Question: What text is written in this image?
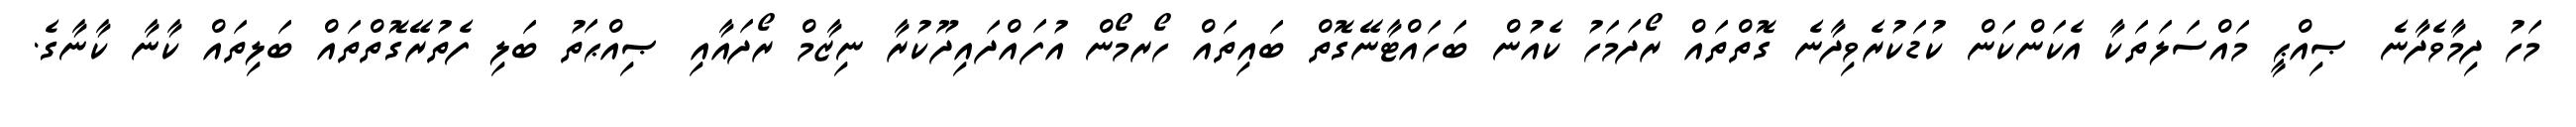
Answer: މަހު ދިމާވެދާނެ ޞިއްޙީ މައްސަލަތަކާ އެކަންކަން ކުޑަކުރެވިދާނެ ގޮތްތައް ރޯދަމަހު ކެއުން ބަހައްޓާނޭގޮތް ބައިތައް ހޯރމޯން އުފައްދައިދޫކުރާ ނިޒާމް ރޯދައާއި ޞިއްޙަތު ބަލި ފެތުރޭގޮތްތައް ބަލިތައް ކާނާ ކާނާގެ.